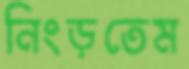
নিংড়তেম